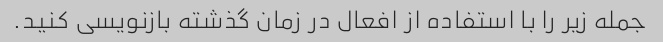
جمله زیر را با استفاده از افعال در زمان گذشته بازنویسی کنید.